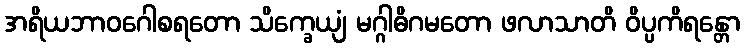
အရိယဘာဝဂေါစရတော သိက္ခေယျံ မဂ္ဂါဓိဂမတော ဖလာသာတိ ဝိပ္ပကိရန္တော